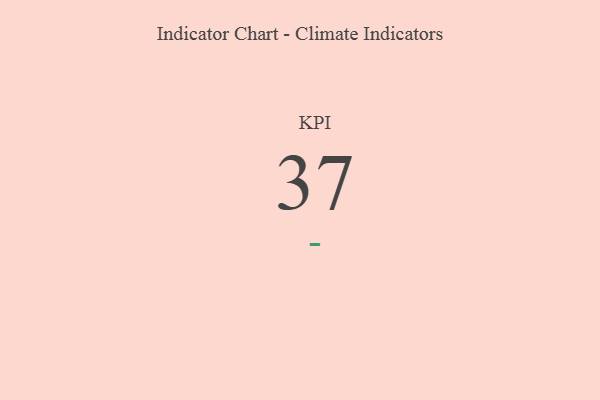
{"axis": {"x": "KPI", "y": "Value"}, "legend": [""], "data": [{"x": "KPI", "y": 37, "type": ""}]}